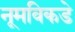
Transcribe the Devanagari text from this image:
नूमविकडे